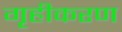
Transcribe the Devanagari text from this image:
गृहीकरण